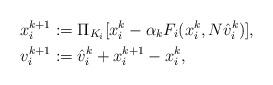
LaTeX: \begin{align*} x_i^{k+1} & :=\Pi_{K_i}[x_i^k-\alpha_k F_i(x_i^k,N\hat v^k_i)], \\ v_i^{k+1} & := {\hat v_i^k} + x_i^{k+1}-x_i^k,\end{align*}